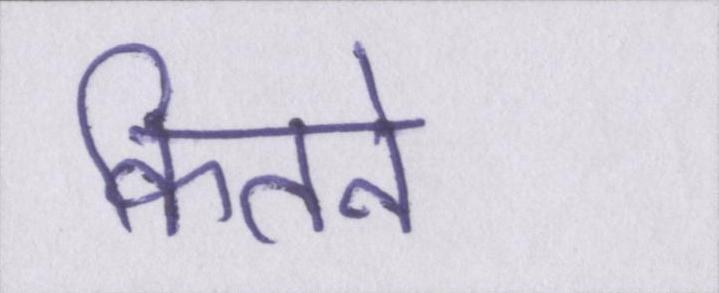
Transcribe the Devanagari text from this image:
कितने